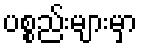
ပစ္စည်းများမှာ